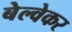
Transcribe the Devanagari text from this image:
बेल्वेकर